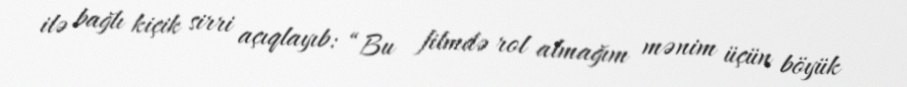
ilə bağlı kiçik sirri açıqlayıb: “Bu filmdə rol almağım mənim üçün böyük